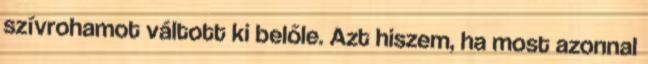
szívrohamot váltott ki belőle. Azt hiszem, ha most azonnal